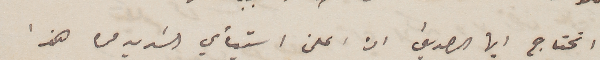
اتحتاج ايها الصديق ان اعلن استيأي الشديد من هذا